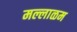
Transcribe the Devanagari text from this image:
मल्लाळम